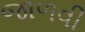
જાળવી